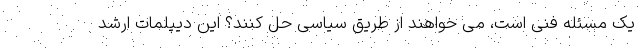
یک مسئله فنی است، می خواهند از طریق سیاسی حل کنند؟ این دیپلمات ارشد